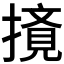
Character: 𰔤